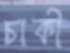
চাকী